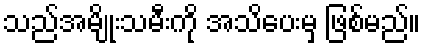
သည်အမျိုးသမီးကို အသိပေးမှ ဖြစ်မည်။